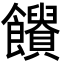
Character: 𩟱